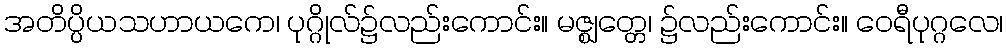
အတိပ္ပိယသဟာယကေ၊ ပုဂ္ဂိုလ်၌လည်းကောင်း။ မဇ္ဈတ္တေ၊ ၌လည်းကောင်း။ ဝေရီပုဂ္ဂလေ၊